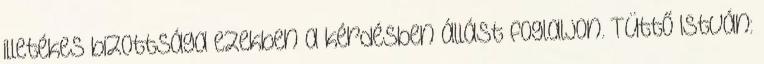
illetékes bizottsága ezekben a kérdésben állást foglaljon. Tüttő István: